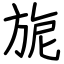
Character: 旎